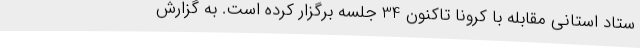
ستاد استانی مقابله با کرونا تاکنون 34 جلسه برگزار کرده است. به گزارش